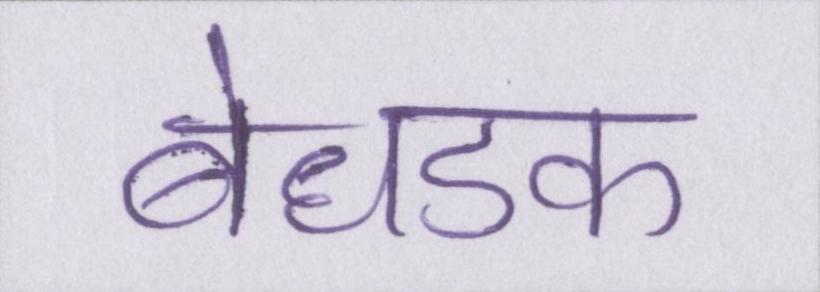
बेधडक